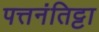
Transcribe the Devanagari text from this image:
पत्तनंतिट्टा